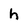
Character: h